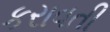
કરાવતી